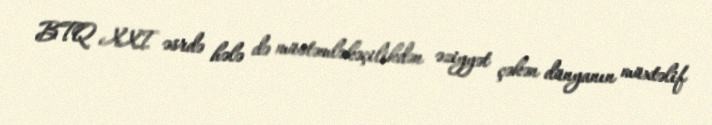
BTQ XXI əsrdə hələ də müstəmləkəçilikdən əziyyət çəkən dünyanın müxtəlif